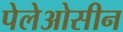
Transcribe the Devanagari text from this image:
पेलेओसीन